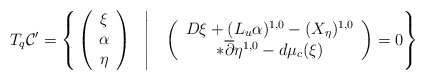
\begin{align*}T_{q}\mathcal{C}' = \left\{\left.\left(\begin{array}{c}\xi \\ \alpha \\ \eta \end{array} \right)~~\right\vert~~ \left(\begin{array}{c} D\xi + (L_{u}\alpha)^{1,0} - (X_{\eta})^{1,0}\\ \ast\overline{\partial}\eta^{1,0} - d\mu_{c}(\xi)\end{array}\right) = 0 \right\}\end{align*}